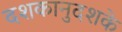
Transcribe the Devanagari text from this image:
दशकानुदशके